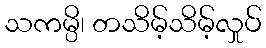
သကမ္ပိ၊ တသိမ့်သိမ့်လှုပ်